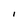
Character: I